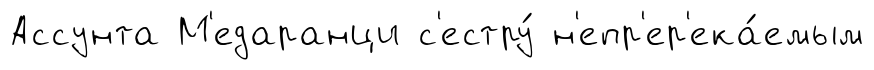
Ассунта М'едаранци с'естру́ н'епр'ер'ека́емым